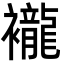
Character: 襱